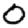
Digit: 0